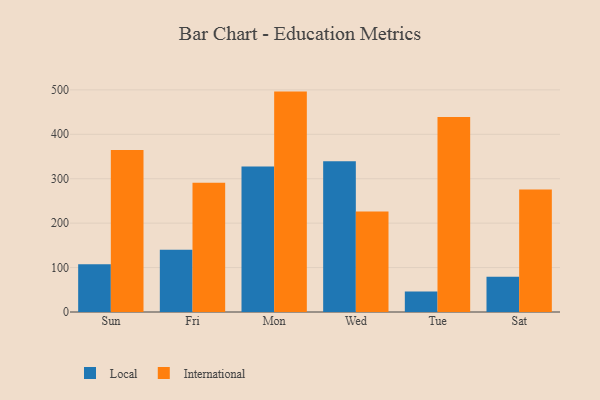
{"axis": {"x": "Day", "y": "Conversion Rate (%)"}, "legend": ["International", "Local"], "data": [{"x": "Sun", "y": 107.2, "type": "Local"}, {"x": "Sun", "y": 364.8, "type": "International"}, {"x": "Fri", "y": 139.9, "type": "Local"}, {"x": "Fri", "y": 290.9, "type": "International"}, {"x": "Mon", "y": 327.7, "type": "Local"}, {"x": "Mon", "y": 496.1, "type": "International"}, {"x": "Wed", "y": 339.4, "type": "Local"}, {"x": "Wed", "y": 226.0, "type": "International"}, {"x": "Tue", "y": 46.3, "type": "Local"}, {"x": "Tue", "y": 438.8, "type": "International"}, {"x": "Sat", "y": 79.6, "type": "Local"}, {"x": "Sat", "y": 275.5, "type": "International"}]}